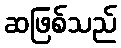
ဆဖြစ်သည်